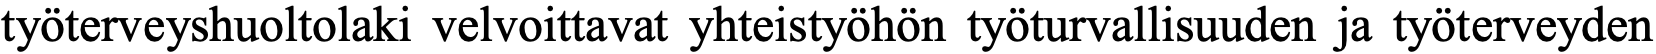
työterveyshuoltolaki velvoittavat yhteistyöhön työturvallisuuden ja työterveyden